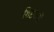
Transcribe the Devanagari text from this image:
शिष्टजनों